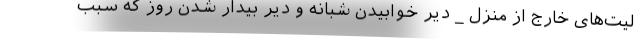
لیت‌های خارج از منزل _ دیر خوابیدن شبانه و دیر بیدار شدن روز که سبب